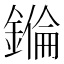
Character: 𨫅